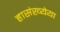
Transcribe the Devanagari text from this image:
हासंख्येया